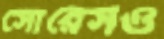
সোরেসও